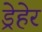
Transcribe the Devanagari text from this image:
ड्रेहेर